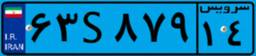
۶۳S۸۷۹۱۴